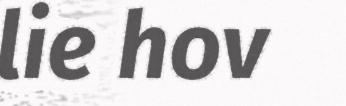
lie hov